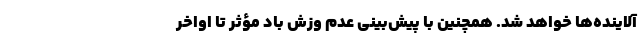
آلاینده‌ها خواهد شد. همچنین با پیش‌بینی عدم وزش باد مؤثر تا اواخر